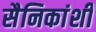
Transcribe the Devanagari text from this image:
सैनिकांशी